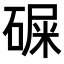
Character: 𥔔